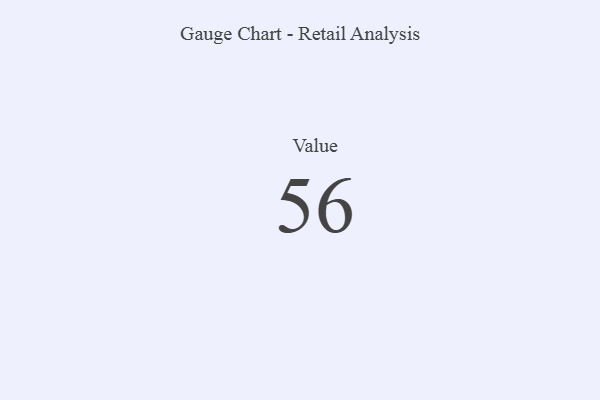
{"axis": {"x": "Metric", "y": "Value"}, "legend": [""], "data": [{"x": "Value", "y": 56, "type": ""}]}